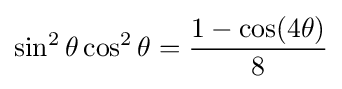
\sin ^{2}\theta \cos ^{2}\theta ={\frac {1-\cos(4\theta )}{8}}